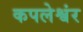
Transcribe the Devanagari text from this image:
कपलेश्वंर